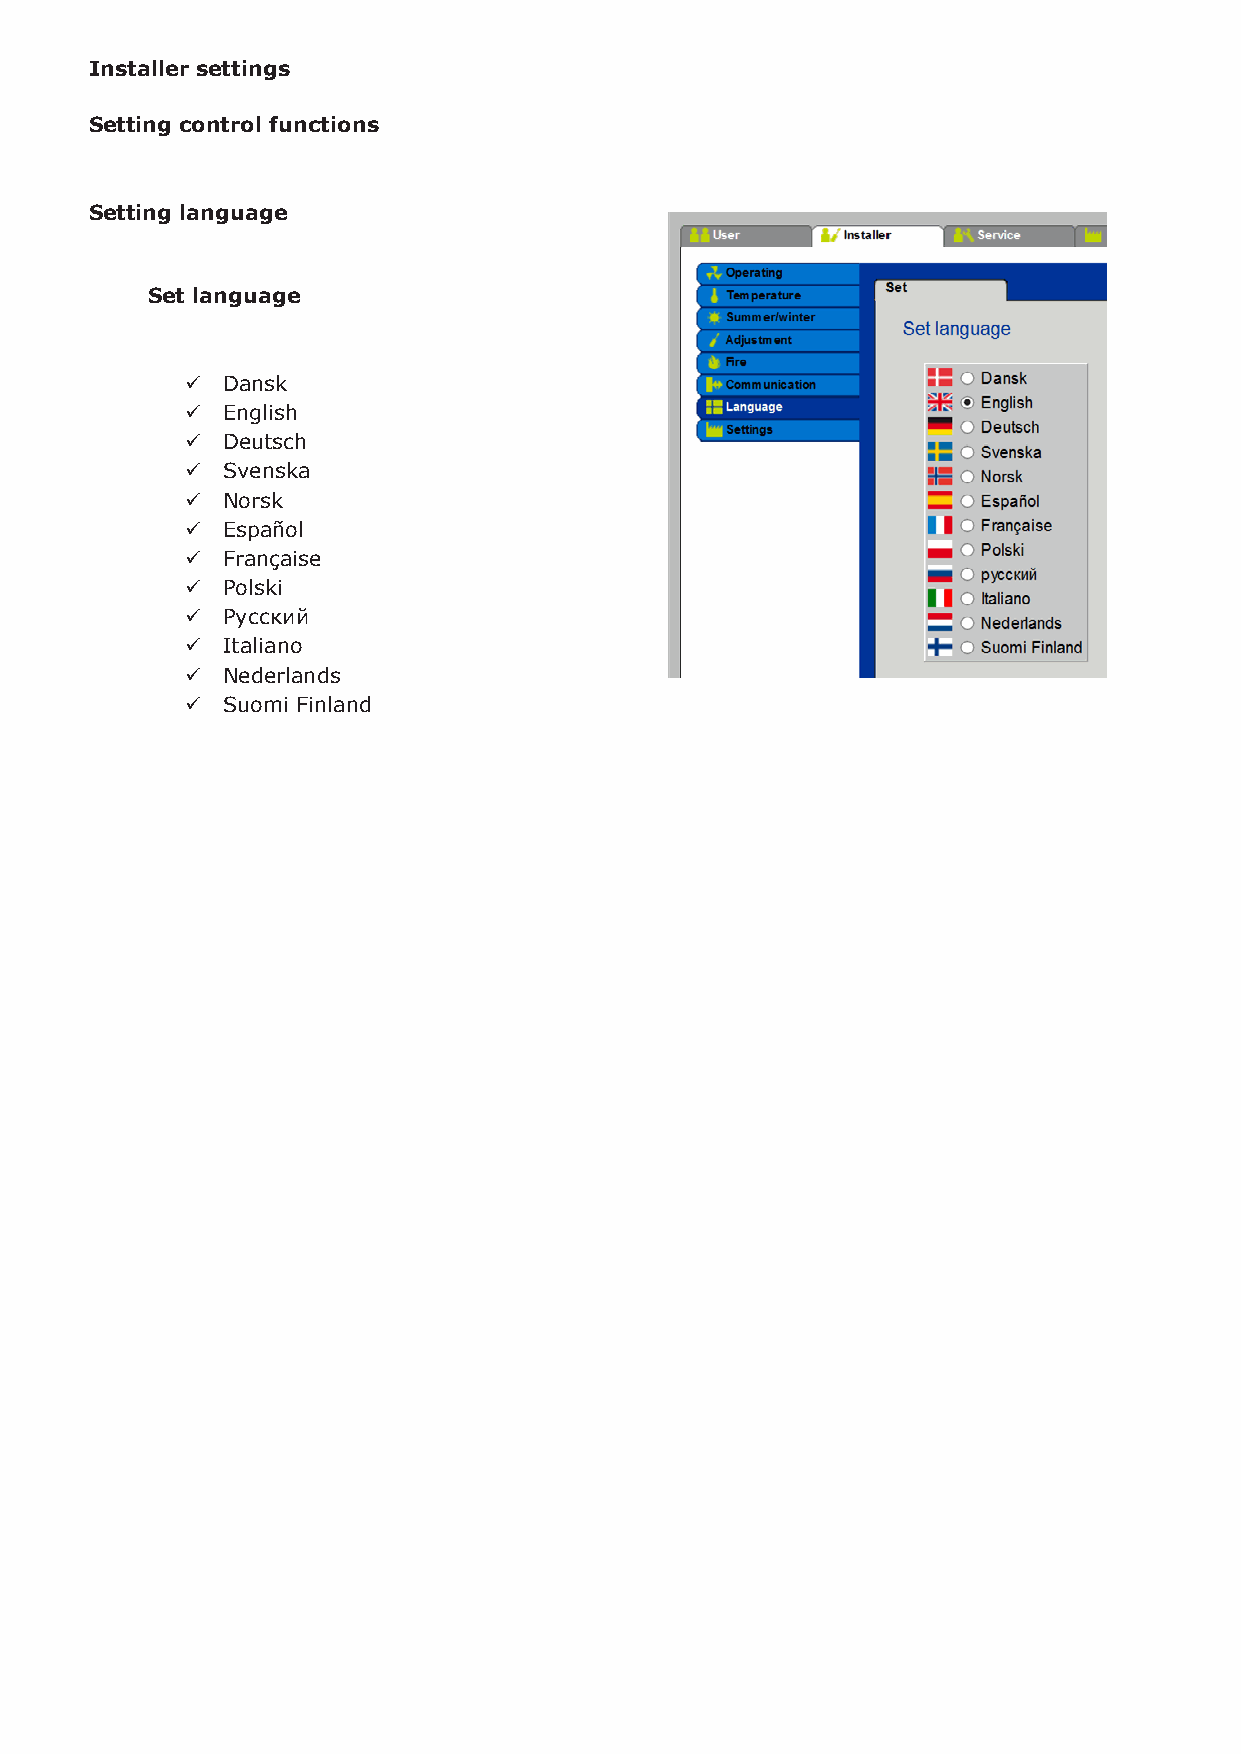
…continued from previous page… Installer settings
 BACnet Setting control functions
 Settings for external BACnet cennection
 Setting language
 Set language
   Dansk
   English
   Deutsch
 BACnet TCP/IP for external connection to BMS system.
   Svenska
  Activate BACnet – Factory setting is ”Active”  Norsk
  Device ID   Español
   Française
 Master IP address
 o
  BACnet Object Identifier is made from the OJ-Air2Master IP-address.  Polski
   Русский
 (see BACnet protocol documentation)
   Italiano
 Manuel setting BACnet Object Identifier
 o
  Port – Setting BACnet Server port  Nederlands
  BACnet status  Suomi Finland
  End with ”Save”
 External BACnet TCP/IP connect to plug connector ”TCP/IP” ----->>>>>>>
 Use a standard RJ45 cable